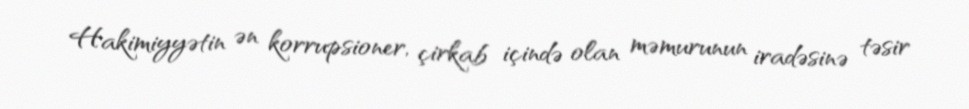
Hakimiyyətin ən korrupsioner, çirkab içində olan məmurunun iradəsinə təsir